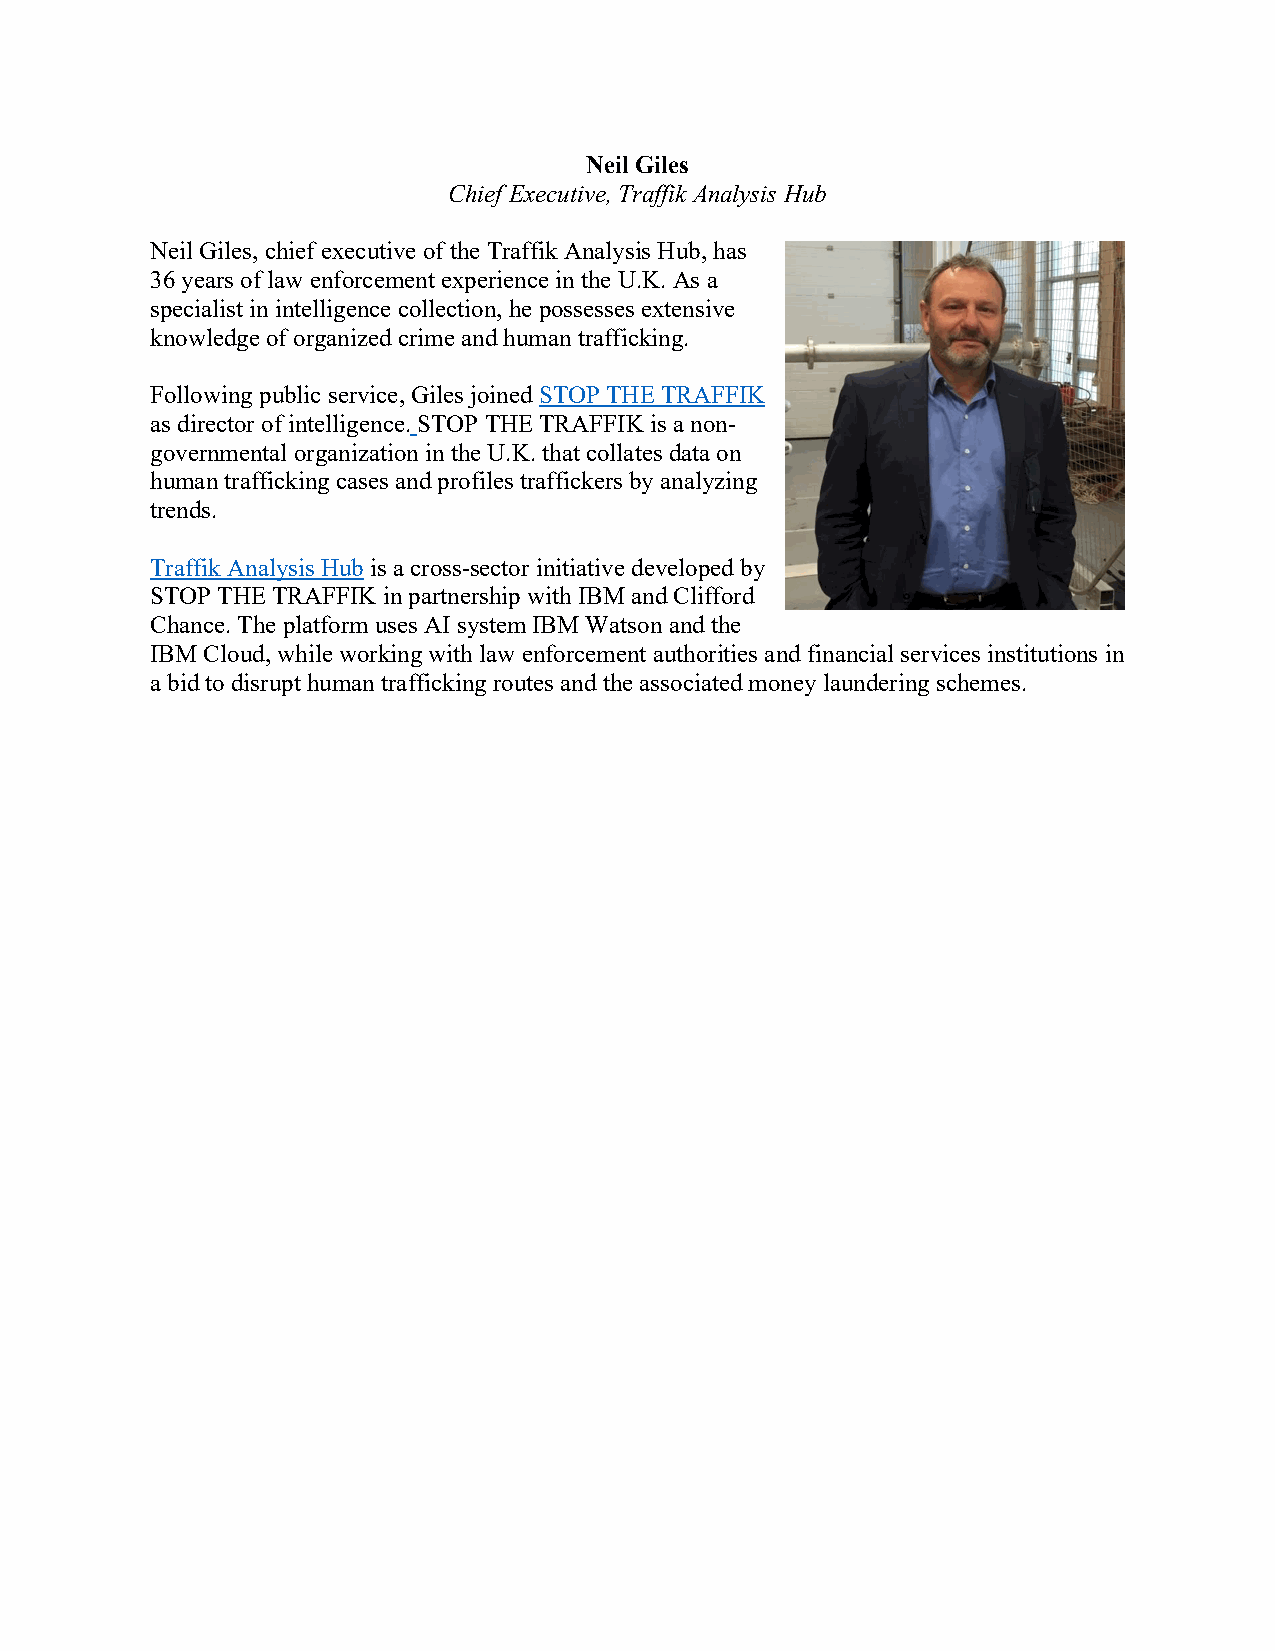
Neil Giles
 Chief Executive, Traffik Analysis Hub
 Neil Giles, chief executive of the Traffik Analysis Hub, has
 36 years of law enforcement experience in the U.K. As a
 specialist in intelligence collection, he possesses extensive
 knowledge of organized crime and human trafficking.
 Following public service, Giles joined STOP THE TRAFFIK
 as director of intelligence. STOP THE TRAFFIK is a non-
 governmental organization in the U.K. that collates data on
 human trafficking cases and profiles traffickers by analyzing
 trends.
 Traffik Analysis Hub is a cross-sector initiative developed by
 STOP THE TRAFFIK in partnership with IBM and Clifford
 Chance. The platform uses AI system IBM Watson and the
 IBM Cloud, while working with law enforcement authorities and financial services institutions in
 a bid to disrupt human trafficking routes and the associated money laundering schemes.